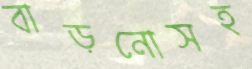
বাড়নোসহ